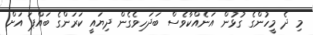
މި ދެ މީހުންގެ ގުޅުން އަނެއްކާވެސް ބަދަހިވެގެން ދިޔައީ ކަރަންގެ ބައްޕަ އަށް